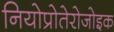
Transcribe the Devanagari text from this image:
नियोप्रोतेरोजोइक